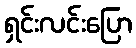
ရှင်းလင်းပြော